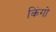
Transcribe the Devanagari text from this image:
किंगो